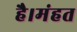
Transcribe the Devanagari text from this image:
है।मंहत